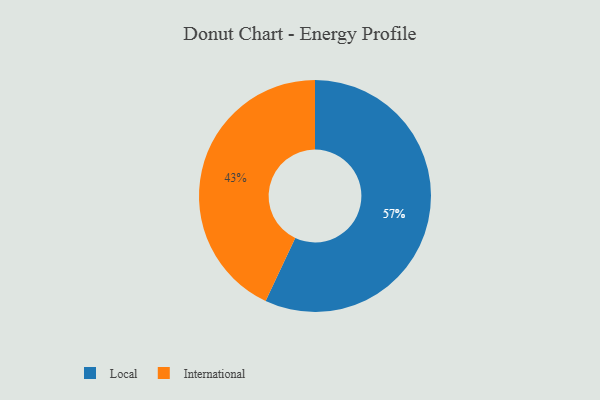
{"axis": {"x": "Category", "y": "Percentage"}, "legend": ["International", "Local"], "data": [{"x": "Local", "y": 57, "type": "Local"}, {"x": "International", "y": 43, "type": "International"}]}